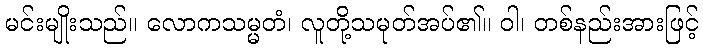
မင်းမျိုးသည်။ လောကသမ္မတံ၊ လူတို့သမုတ်အပ်၏။ ဝါ၊ တစ်နည်းအားဖြင့်